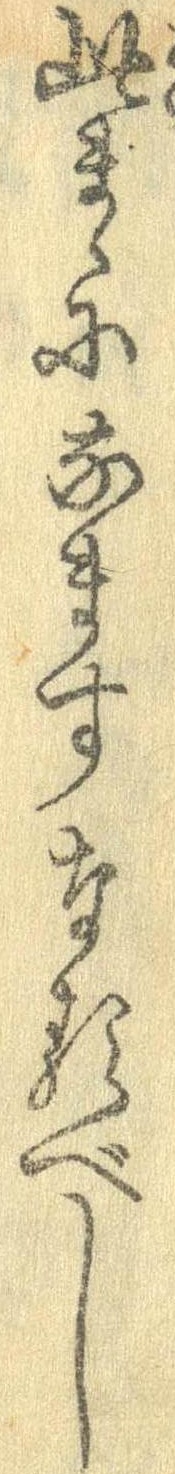
此まゝになますなるべし